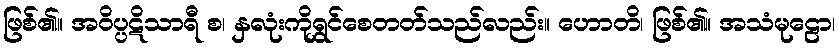
ဖြစ်၏။ အဝိပ္ပဋိသာရီ စ၊ နှလုံးကိုရွှင်စေတတ်သည်လည်း။ ဟောတိ၊ ဖြစ်၏။ အသံမုဠော၊